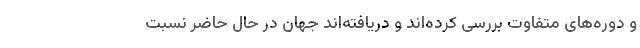
و دوره‌های متفاوت بررسی کرده‌اند و دریافته‌اند جهان در حال حاضر نسبت